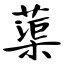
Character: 蕖